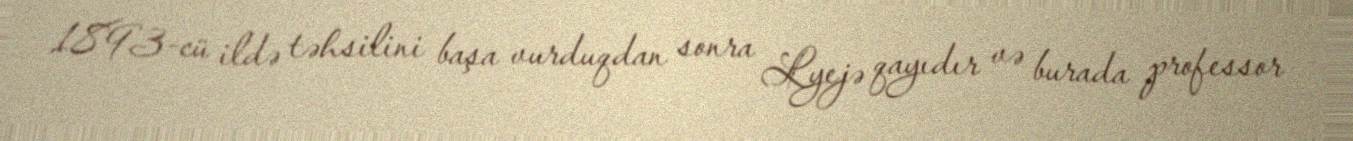
1893-cü ildə təhsilini başa vurduqdan sonra Lyejə qayıdır və burada professor